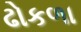
ઢોકળા